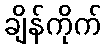
ချိန်ကိုက်